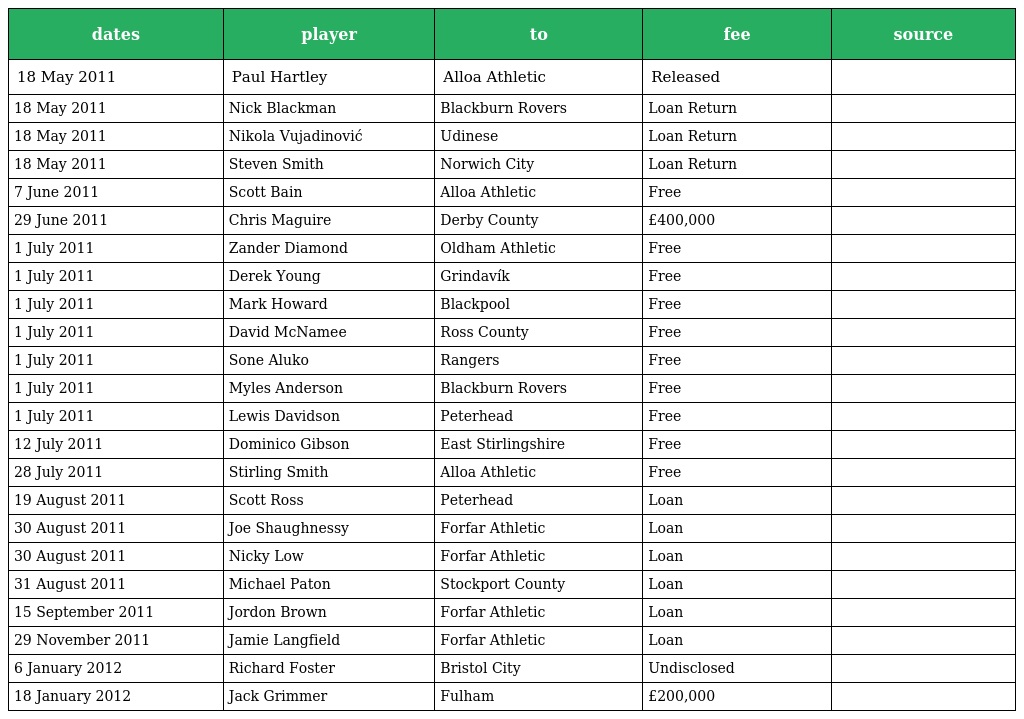
| dates | player | to | fee | source |
 | --- | --- | --- | --- | --- |
 | 18 May 2011 | Paul Hartley | Alloa Athletic | Released |  |
 | 18 May 2011 | Nick Blackman | Blackburn Rovers | Loan Return |  |
 | 18 May 2011 | Nikola Vujadinović | Udinese | Loan Return |  |
 | 18 May 2011 | Steven Smith | Norwich City | Loan Return |  |
 | 7 June 2011 | Scott Bain | Alloa Athletic | Free |  |
 | 29 June 2011 | Chris Maguire | Derby County | £400,000 |  |
 | 1 July 2011 | Zander Diamond | Oldham Athletic | Free |  |
 | 1 July 2011 | Derek Young | Grindavík | Free |  |
 | 1 July 2011 | Mark Howard | Blackpool | Free |  |
 | 1 July 2011 | David McNamee | Ross County | Free |  |
 | 1 July 2011 | Sone Aluko | Rangers | Free |  |
 | 1 July 2011 | Myles Anderson | Blackburn Rovers | Free |  |
 | 1 July 2011 | Lewis Davidson | Peterhead | Free |  |
 | 12 July 2011 | Dominico Gibson | East Stirlingshire | Free |  |
 | 28 July 2011 | Stirling Smith | Alloa Athletic | Free |  |
 | 19 August 2011 | Scott Ross | Peterhead | Loan |  |
 | 30 August 2011 | Joe Shaughnessy | Forfar Athletic | Loan |  |
 | 30 August 2011 | Nicky Low | Forfar Athletic | Loan |  |
 | 31 August 2011 | Michael Paton | Stockport County | Loan |  |
 | 15 September 2011 | Jordon Brown | Forfar Athletic | Loan |  |
 | 29 November 2011 | Jamie Langfield | Forfar Athletic | Loan |  |
 | 6 January 2012 | Richard Foster | Bristol City | Undisclosed |  |
 | 18 January 2012 | Jack Grimmer | Fulham | £200,000 |  |